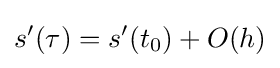
s'(\tau )=s'(t_{0})+O(h)